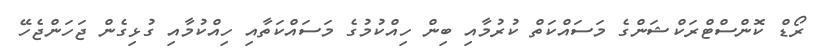
ރޯޑް ކޮންސްޓްރަކްޝަންގެ މަސައްކަތް ކުރުމާއި ބިން ހިއްކުމުގެ މަސައްކަތާއި ހިއްކުމާއި ގުޅިގެން ޖަހަންޖެހޭ